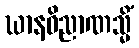
ဃာနဝိညာဏသ္မိံ